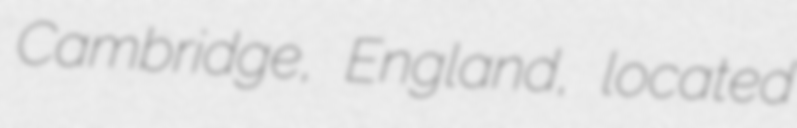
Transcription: Cambridge, England, located